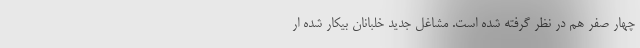
چهار صفر هم در نظر گرفته شده است. مشاغل جدید خلبانان بیکار شده ار